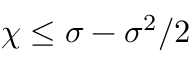
\chi \le \sigma - \sigma ^ { 2 } / 2